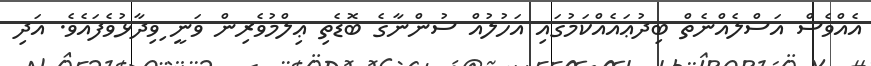
އެއްވެސް އަސްލެއްނެތް ބިދުޢައެއްކަމުގައި އަހުލުއް ސުންނާގެ ބޮޑެތި ޢިލްމުވެރިން ވަނީ ިވިދާޅުވެފައެވެ. އަދި